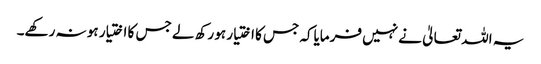
یہ اللہ تعالیٰ نے نہیں فرمایاکہ جس کا اختیار ہو رکھ لے جس کا اختیار ہو نہ رکھے۔